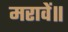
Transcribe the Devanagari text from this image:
मरावें॥